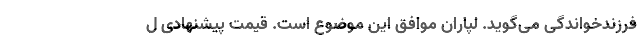
فرزندخواندگی می‌گوید. لپاران موافق این موضوع است. قیمت پیشنهادی ل